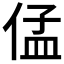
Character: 𱎺